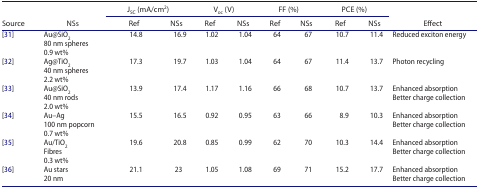
<table><thead><tr><td rowspan="2"><b>Source</b></td><td rowspan="2"><b>NSs</b></td><td colspan="2"><b>J<sub>SC</sub> (mA/cm<sup>2</sup>)</b></td><td colspan="2"><b>V<sub>OC</sub> (V)</b></td><td colspan="2"><b>FF (%)</b></td><td colspan="2"><b>PCE (%)</b></td><td rowspan="2"><b>Effect</b></td></tr><tr><td><b>Ref</b></td><td><b>NSs</b></td><td><b>Ref</b></td><td><b>NSs</b></td><td><b>Ref</b></td><td><b>NSs</b></td><td><b>Ref</b></td><td><b>NSs</b></td></tr></thead><tbody><tr><td rowspan="3">[31]</td><td>Au@SiO<sub>2</sub></td><td rowspan="3">14.8</td><td rowspan="3">16.9</td><td rowspan="3">1.02</td><td rowspan="3">1.04</td><td rowspan="3">64</td><td rowspan="3">67</td><td rowspan="3">10.7</td><td rowspan="3">11.4</td><td rowspan="3">Reduced exciton energy</td></tr><tr><td>80 nm spheres</td></tr><tr><td>0.9 wt%</td></tr><tr><td rowspan="3">[32]</td><td>Ag@TiO<sub>2</sub></td><td rowspan="3">17.3</td><td rowspan="3">19.7</td><td rowspan="3">1.03</td><td rowspan="3">1.04</td><td rowspan="3">64</td><td rowspan="3">67</td><td rowspan="3">11.4</td><td rowspan="3">13.7</td><td rowspan="3">Photon recycling</td></tr><tr><td>40 nm spheres</td></tr><tr><td>2.2 wt%</td></tr><tr><td rowspan="3">[33]</td><td>Au@SiO<sub>2</sub></td><td rowspan="3">13.9</td><td rowspan="3">17.4</td><td rowspan="3">1.17</td><td rowspan="3">1.16</td><td rowspan="3">66</td><td rowspan="3">68</td><td rowspan="3">10.7</td><td rowspan="3">13.7</td><td>Enhanced absorption</td></tr><tr><td>40 nm rods</td><td rowspan="2">Better charge collection</td></tr><tr><td>2.0 wt%</td></tr><tr><td rowspan="3">[34]</td><td>Au–Ag </td><td rowspan="3">15.5</td><td rowspan="3">16.5</td><td rowspan="3">0.92</td><td rowspan="3">0.95</td><td rowspan="3">63</td><td rowspan="3">66</td><td rowspan="3">8.9</td><td rowspan="3">10.3</td><td>Enhanced absorption</td></tr><tr><td>100 nm popcorn</td><td rowspan="2">Better charge collection</td></tr><tr><td>0.7 wt%</td></tr><tr><td rowspan="3">[35]</td><td>Au/TiO<sub>2</sub></td><td rowspan="3">19.6</td><td rowspan="3">20.8</td><td rowspan="3">0.85</td><td rowspan="3">0.99</td><td rowspan="3">62</td><td rowspan="3">70</td><td rowspan="3">10.3</td><td rowspan="3">14.4</td><td>Enhanced absorption</td></tr><tr><td>Fibres</td><td rowspan="2">Better charge collection</td></tr><tr><td>0.3 wt%</td></tr><tr><td rowspan="3">[36]</td><td rowspan="2">Au stars</td><td rowspan="3">21.1</td><td rowspan="3">23</td><td rowspan="3">1.05</td><td rowspan="3">1.08</td><td rowspan="3">69</td><td rowspan="3">71</td><td rowspan="3">15.2</td><td rowspan="3">17.7</td><td>Enhanced absorption</td></tr><tr><td rowspan="2">Better charge collection</td></tr><tr><td>20 nm</td></tr></tbody></table>